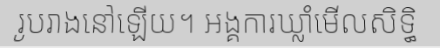
រូបរាងនៅឡើយ។ អង្គការឃ្លាំមើលសិទ្ធិ